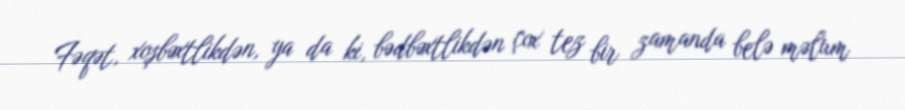
Fəqət, xoşbəxtlikdən, ya da ki, bədbəxtlikdən çox tez bir zamanda belə məlum